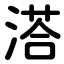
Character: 溚